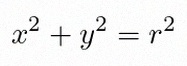
x^2+y^2=r^2